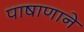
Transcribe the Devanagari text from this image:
पाषाणाने